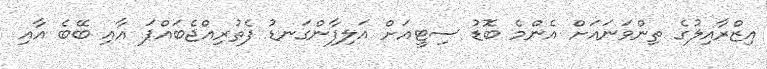
އިޒްރާއިލުގެ ތިންވަނައަށް އެންމެ ބޮޑު ސިޓީއަށް އަލިފާންގަނޑު ފެތުރިއްޖެބައްޕަ އާއި ބޭބެ އާއި